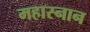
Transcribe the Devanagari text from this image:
महास्नान